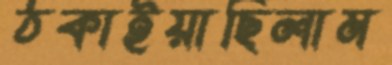
ঠকাইয়াছিলাম